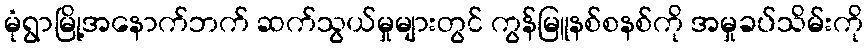
မုံရွာမြို့အနောက်ဘက် ဆက်သွယ်မှုများတွင် ကွန်မြူနစ်စနစ်ကို အမှုခပ်သိမ်းကို